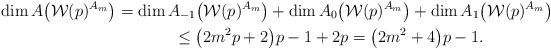
LaTeX: \begin{gather*}\dim A\big(\mathcal{W}(p)^{A_m}\big)=\dim A_{-1} \big(\mathcal{W}(p)^{A_m}\big) + \dim A_0\big(\mathcal{W}(p)^{A_m}\big)+ \dim A_1\big(\mathcal{W}(p)^{A_m}\big)\\\phantom{\dim A\big(\mathcal{W}(p)^{A_m}\big)}{} \le \big(2 m^2 p + 2\big) p -1 + 2p=\big(2 m^2 + 4\big) p-1.\end{gather*}